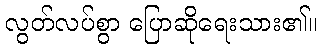
လွတ်လပ်စွာ ပြောဆိုရေးသား၏။